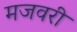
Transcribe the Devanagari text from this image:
मजवरी